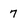
Character: 7